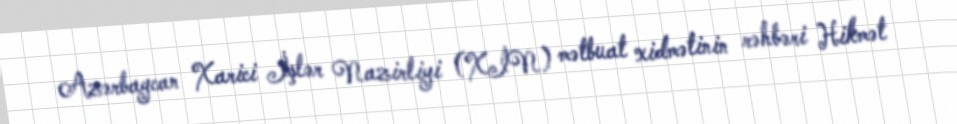
Azərbaycan Xarici İşlər Nazirliyi (XİN) mətbuat xidmətinin rəhbəri Hikmət